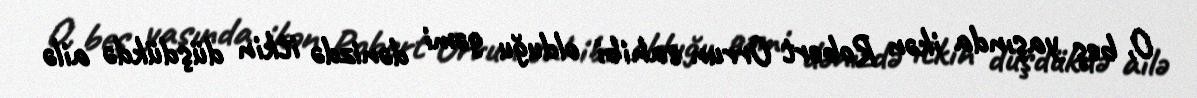
O, beş yaşında ikən Robert Orrun sahibi olduğu gəmi dənizdə itkin düşdükdə ailə